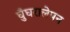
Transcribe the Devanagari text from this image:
घुँघरालेपन